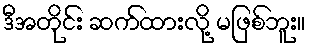
ဒီအတိုင်း ဆက်ထားလို့ မဖြစ်ဘူး။